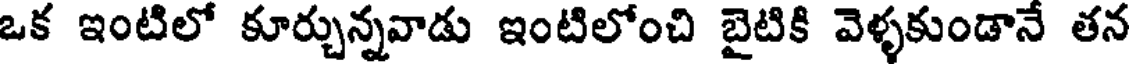
ఒక ఇంటిలో కూర్చున్నవాడు ఇంటిలోంచి బైటికి వెళ్ళకుండానే తన